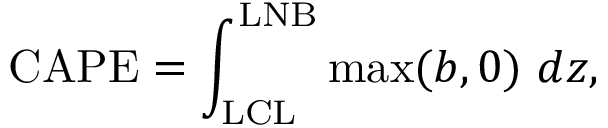
\mathrm { C A P E } = \int _ { \mathrm { L C L } } ^ { \mathrm { L N B } } \mathrm { m a x } ( b , 0 ) \ d z ,